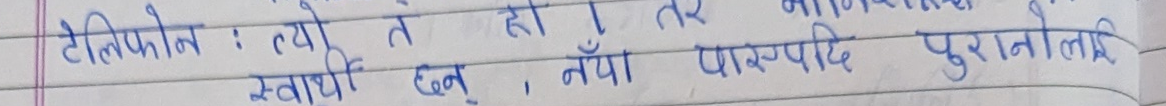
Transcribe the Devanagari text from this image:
टेलिफोन : त्यो त हो । तर स्वार्थी छुँ, नयाँ पारस्परिक पुरानोलाई